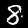
Digit: 8